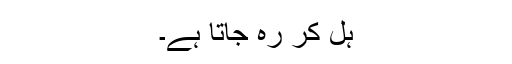
ہل کر رہ جاتا ہے۔